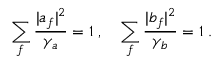
\sum _ { f } { \frac { | a _ { f } | ^ { 2 } } { \gamma _ { a } } } = 1 \; , \quad \sum _ { f } { \frac { | b _ { f } | ^ { 2 } } { \gamma _ { b } } } = 1 \; .